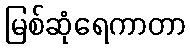
မြစ်ဆုံရေကာတာ